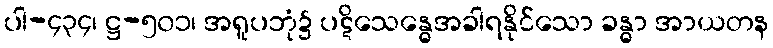
ပါ-၄၃၄၊ ဋ္ဌ-၅၀၁၊ အရူပဘုံ၌ ပဋိသေန္ဓေအခါရနိုင်သော ခန္ဓာ အာယတန